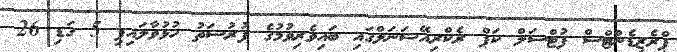
ޕްރެޒިޑެންޓްސް ފުޓްސަލް ކަޕް ރެކްރިއޭޝަނަލްގައި ބައިވެރިވުމުގެ ފުރުސަތު ހުޅުވާލައިފި 5 ގަޑި 26